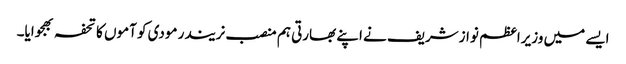
ایسے میں وزیراعظم نوازشریف نے اپنے بھارتی ہم منصب نریندر مودی کو آموں کا تحفہ بھجوایا۔